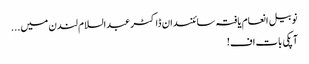
نوبیل انعام یافتہ سائنسدان ڈاکٹر عبدالسلام لندن میں...
آپکی بات اف!